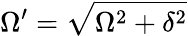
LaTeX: \Omega^{\prime}=\sqrt{\Omega^{2}+\delta^{2}}